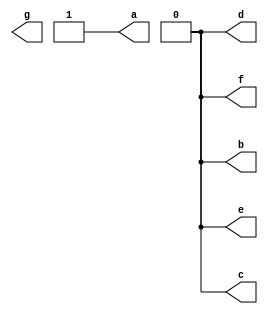
module sevenseg_dec(a,b,c,d,e,f,g);
output a,b,c,d,e,f,g;

function automatic [6:0] black;

input [6:0] num_i;

begin
case(num_i)
      0:black = 7'b0000001;
      1:black = 7'b1001111;
      2:black = 7'b0010010;
      3:black = 7'b0000110;
      4:black = 7'b1001100;
      5:black = 7'b0100100;
      6:black = 7'b0100000;
      7:black = 7'b0001111;
      8:black = 7'b0000000;
      9:black = 7'b0000100;
      default:black = 7'b1111111;
      endcase
 end
endfunction

assign {a,b,c,d,e,f} = black(6);
endmodule